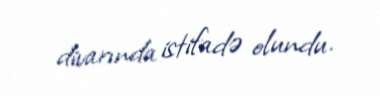
divarında istifadə olundu.